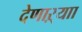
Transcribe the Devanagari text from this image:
देणाऱ्याा